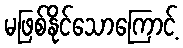
မဖြစ်နိုင်သောကြောင့်